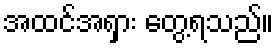
အထင်အရှား တွေ့ရသည်။